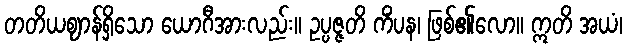
တတိယဈာန်ရှိသော ယောဂီအားလည်း။ ဥပ္ပဇ္ဇတိ ကိံပန၊ ဖြစ်၏လော။ ဣတိ အယံ၊